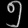
Digit: ၅